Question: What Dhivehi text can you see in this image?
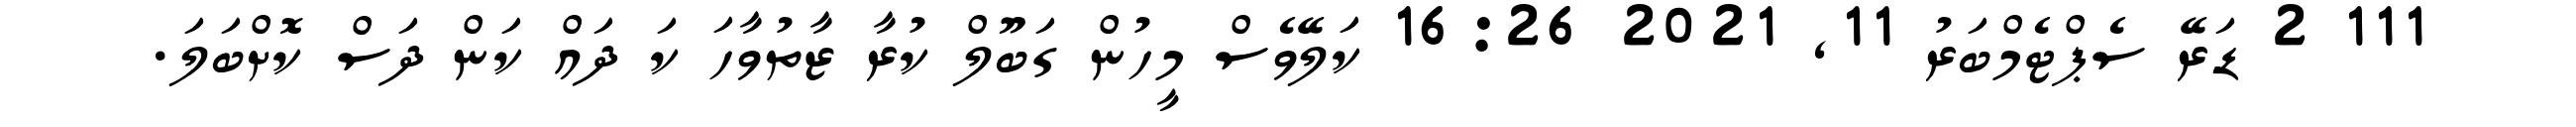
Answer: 111 2 ޑަރޭ ސެޕްޓެމްބަރު 11, 2021 16:26 ކަލޭވެސް މީހުން ގަބޫލް ކުރާ ޒާތުވާހަ ކަ ދައް ކަން ދަސް ކޮށްބަލަ.